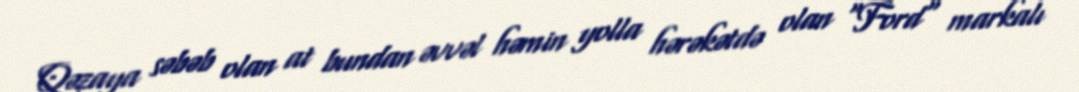
Qəzaya səbəb olan at bundan əvvəl həmin yolla hərəkətdə olan "Ford" markalı